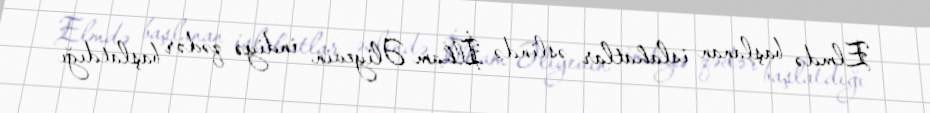
Elmdə başlanan islahatlar əslində İlham Əliyevin indiyə qədər başlatdığı